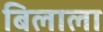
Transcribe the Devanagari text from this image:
बिलाला